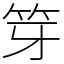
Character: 笌